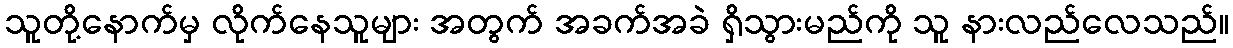
သူတို့နောက်မှ လိုက်နေသူများ အတွက် အခက်အခဲ ရှိသွားမည်ကို သူ နားလည်လေသည်။